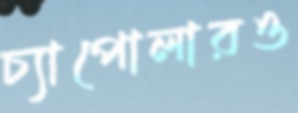
চ্যাপোলারও